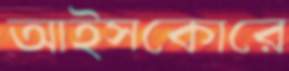
আইসকোরে